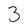
Character: 3